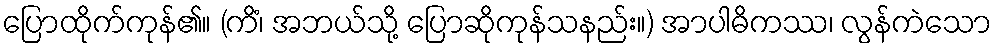
ပြောထိုက်ကုန်၏။ (ကိံ၊ အဘယ်သို့ ပြောဆိုကုန်သနည်း။) အာပါဓိကဿ၊ လွန်ကဲသော